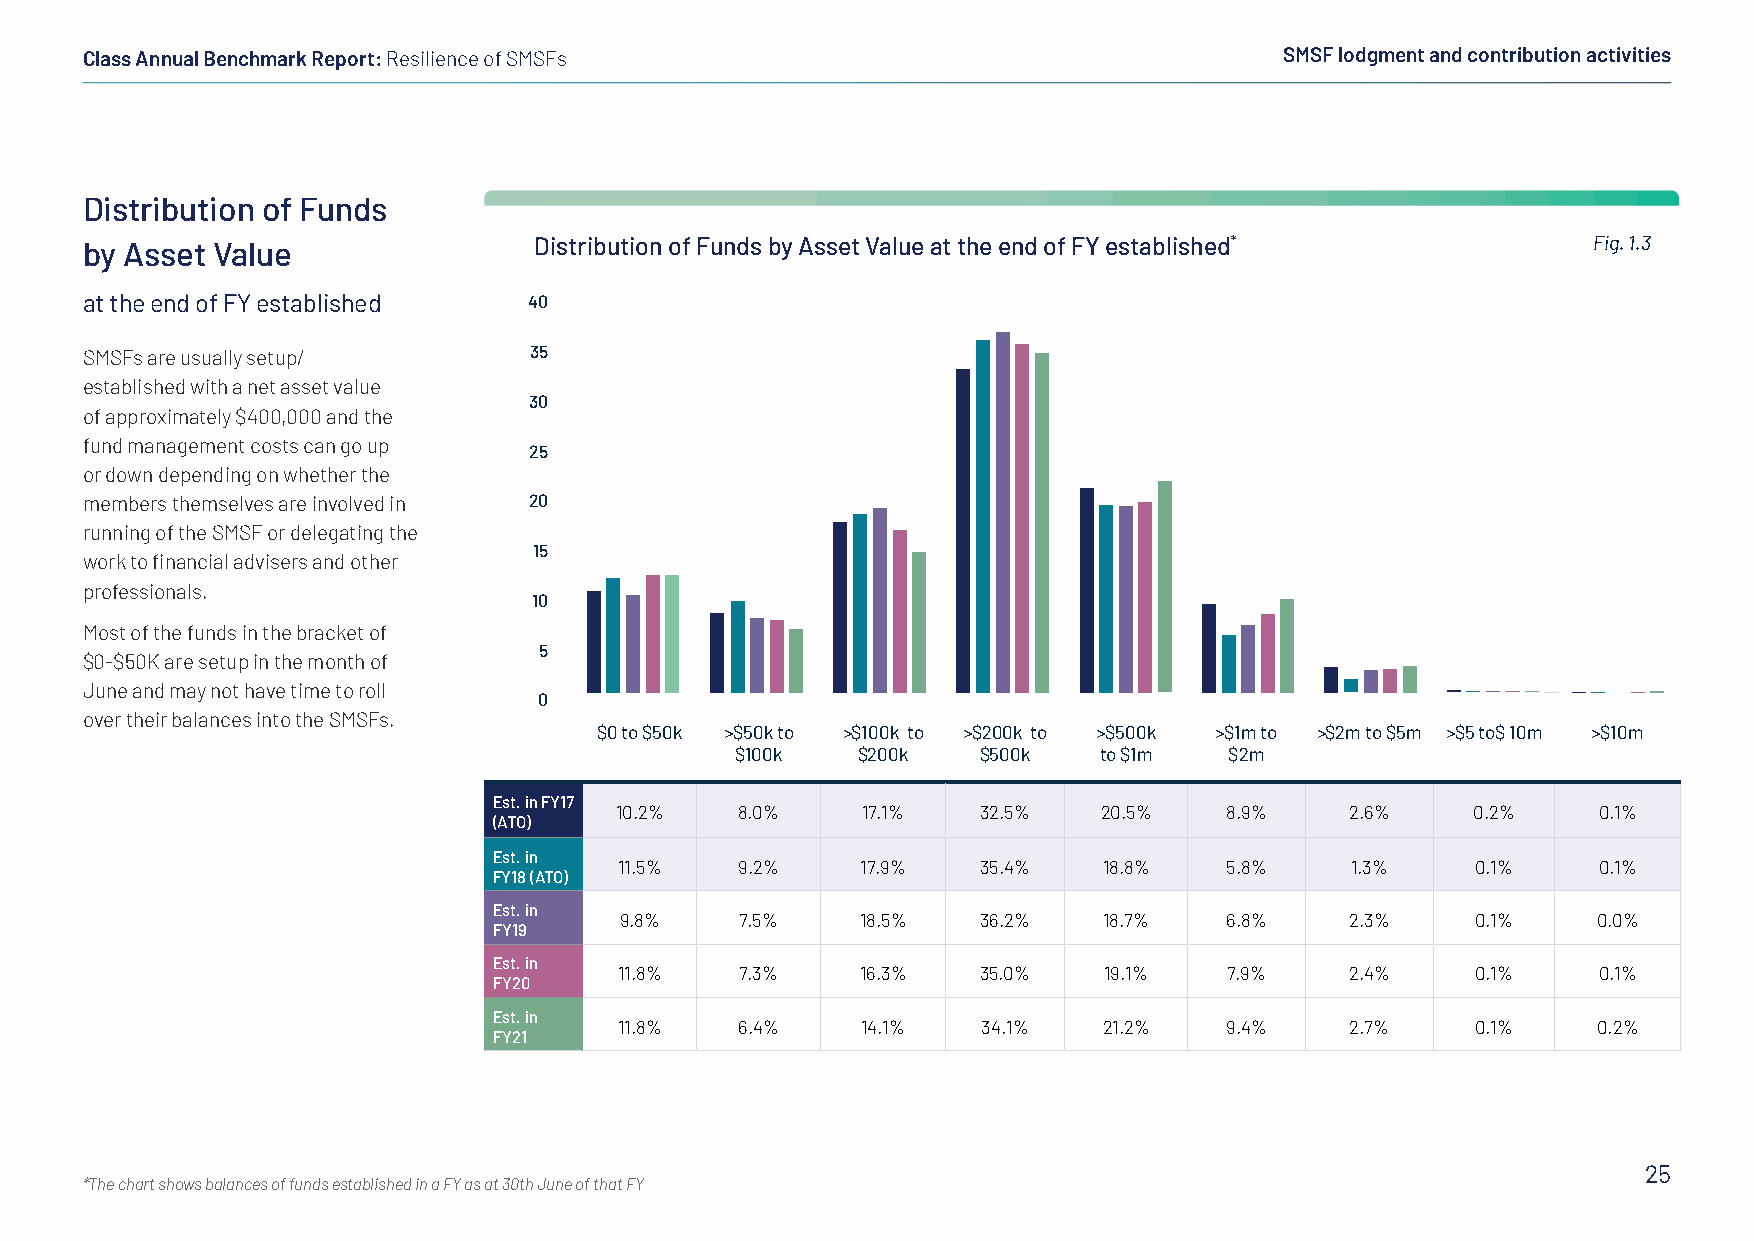
Class Annual Benchmark Report: Resilience of SMSFs                              SMSF lodgment and contribution activities
 Distribution of Funds
 by Asset Value                Distribution of Funds by Asset Value at the end of FY established*    Fig. 1.3
 at the end of FY established  40
 SMSFs are usually setup/      35
 established with a net asset value
 30
 of approximately $400,000 and the
 fund management costs can go up
 25
 or down depending on whether the
 members themselves are involved in 20
 running of the SMSF or delegating the
 15
 work to financial advisers and other
 professionals.
 10
 Most of the funds in the bracket of
 5
 $0-$50K are setup in the month of
 June and may not have time to roll
 0
 over their balances into the SMSFs.
 $0 to $50k >$50k to >$100k to >$200k to >$500k >$1m to >$2m to $5m >$5 to$ 10m >$10m
 $100k   $200k   $500k   to $1m  $2m
 Est. in FY17
 10.2%   8.0%    17.1%   32.5%   20.5%   8.9%    2.6%     0.2%    0.1%
 (ATO)
 Est. in
 11.5%   9.2%    17.9%   35.4%   18.8%   5.8%    1.3%     0.1%    0.1%
 FY18 (ATO)
 Est. in
 9.8%    7.5%    18.5%   36.2%   18.7%   6.8%    2.3%     0.1%    0.0%
 FY19
 Est. in
 11.8%   7.3%    16.3%   35.0%   19.1%   7.9%    2.4%     0.1%    0.1%
 FY20
 Est. in
 11.8%   6.4%    14.1%   34.1%   21.2%   9.4%    2.7%     0.1%    0.2%
 FY21
 25
 *The chart shows balances of funds established in a FY as at 30th June of that FY